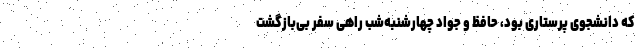
که دانشجوی پرستاری بود، حافظ و جواد چهارشنبه‌شب راهی سفر بی‌بازگشت